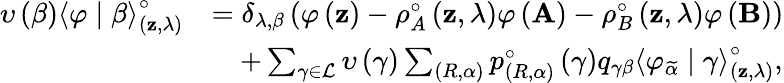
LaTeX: \begin{array}{rl}{\upsilon\left(\beta\right)\left<\varphi\mid\beta\right>_{\left(\mathbf{z},\lambda\right)}^{\circ}}&{=\delta_{\lambda,\beta}\left(\varphi\left(\mathbf{z}\right)-\rho_{A}^{\circ}\left(\mathbf{z},\lambda\right)\varphi\left(\mathbf{A}\right)-\rho_{B}^{\circ}\left(\mathbf{z},\lambda\right)\varphi\left(\mathbf{B}\right)\right)}\\ &{\quad+\sum_{\gamma\in\mathcal{L}}\upsilon\left(\gamma\right)\sum_{\left(R,\alpha\right)}p_{\left(R,\alpha\right)}^{\circ}\left(\gamma\right)q_{\gamma\beta}\left<\varphi_{\widetilde{\alpha}}\mid\gamma\right>_{\left(\mathbf{z},\lambda\right)}^{\circ},}\end{array}